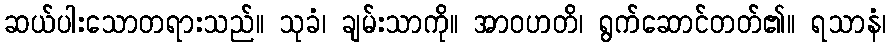
ဆယ်ပါးသောတရားသည်။ သုခံ၊ ချမ်းသာကို။ အာဝဟတိ၊ ရွက်ဆောင်တတ်၏။ ရသာနံ၊